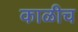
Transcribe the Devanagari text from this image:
काळीच